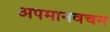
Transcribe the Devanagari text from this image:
अपमानवचन